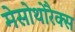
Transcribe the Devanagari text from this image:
मेसोथोरैक्स